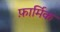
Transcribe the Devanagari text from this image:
फ़ार्मिक